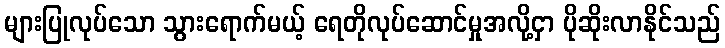
များပြုလုပ်သော သွားရောက်မယ့် ရေတိုလုပ်ဆောင်မှုအလို့ငှာ ပိုဆိုးလာနိုင်သည်